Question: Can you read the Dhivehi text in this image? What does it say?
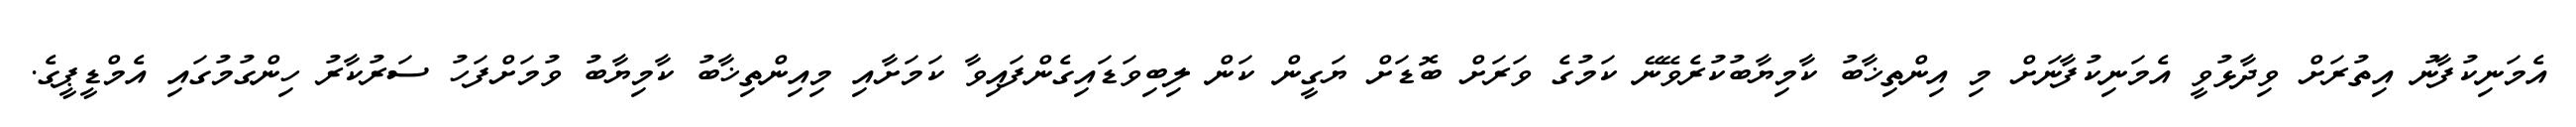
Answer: އެމަނިކުފާނު އިތުރަށް ވިދާޅުވީ އެމަނިކުފާނަށް މި އިންތިޚާބު ކާމިޔާބުކުރެވޭނޭ ކަމުގެ ވަރަށް ބޮޑަށް ޔަގީން ކަން ލިބިވަޑައިގެންފައިވާ ކަމަށާއި މިއިންތިޚާބު ކާމިޔާބު ވުމަށްފަހު ސަރުކާރު ހިންގުމުގައި އެމްޑީޕީގެ.